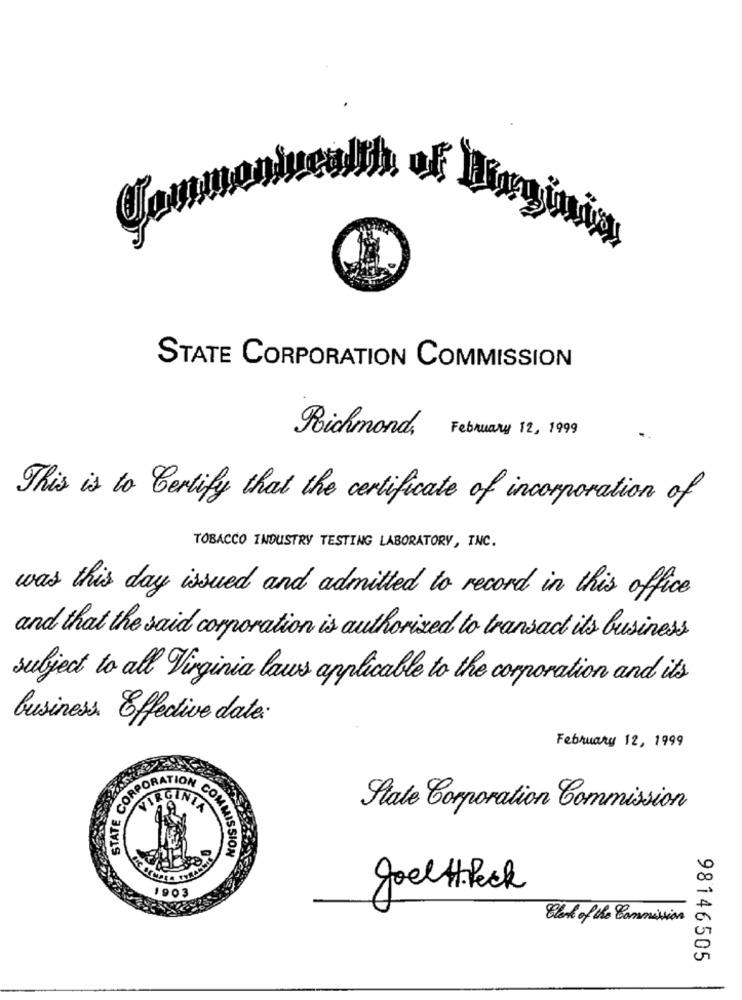
STATE CORPORATION COMMISSION
Poichmond,
February 12, 1999
This is to Certify that the certificate of incorporation of
TOBACCO INDUSTRY TESTING LABORATORY, INC.
was this day issued and admitted to record in this office
and that the said corporation is authorized to transact its business
subject to all Virginia laws applicable to the corporation and it's
business Effective date:
February 12, 1999
STATE COR
State Corporation Commission
COMMISSION
Joel H. Beck
1903
Glad of the Commission
98146505